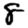
Digit: 8